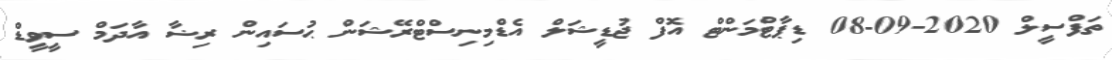
ތަފްސީލް 2020-09-08 ޑިޕާޓްމަންޓް އޮފް ޖުޑީޝަލް އެޑްމިނިސްޓްރޭޝަން ޙުސައިން ރިޟާ އާދަމް ސީވީޑް